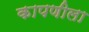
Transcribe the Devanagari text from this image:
कापणीला